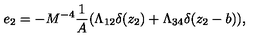
e _ { 2 } = - M ^ { - 4 } \frac { 1 } { A } ( \Lambda _ { 1 2 } \delta ( z _ { 2 } ) + \Lambda _ { 3 4 } \delta ( z _ { 2 } - b ) ) ,